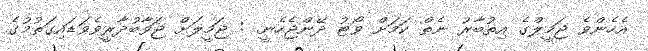
އެހެންވެ ޖަމީލްގެ އިތުބާރު ނެތް ކަމަށް ވޯޓު ދޭންޖެހެނީ. : ޖަމީލަށް ޖަވާބުދާރީވެވަޑައިގަތުމުގެ